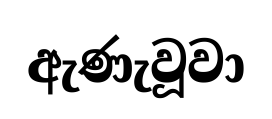
ඇණැවූවා